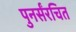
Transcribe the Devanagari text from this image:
पुनर्संरचित